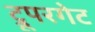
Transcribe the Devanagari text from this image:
ट्रूपरगेट